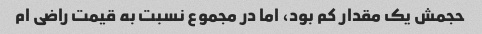
حجمش یک مقدار کم بود، اما در مجموع نسبت به قیمت راضی ام